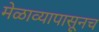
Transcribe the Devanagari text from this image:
मेळाव्यापासूनच